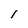
Character: I